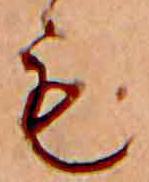
も